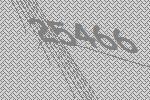
25466